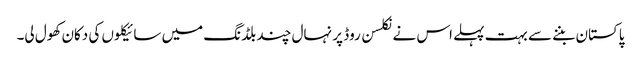
پاکستان بننے سے بہت پہلے اس نے نکلسن روڈ پر نہال چند بلڈنگ میں سائیکلوں کی دکان کھول لی۔